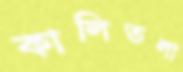
কালিতলা